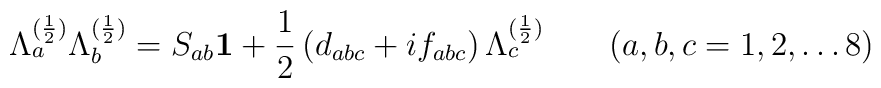
\Lambda_a ^{(\frac{1}{2})} \Lambda_b ^{(\frac{1}{2})}= S_{ab}{\bf 1} + \frac{1}{2}\, (d_{abc} + i f_{abc} )\,\Lambda_c  ^{(\frac{1}{2})} \quad \quad (a,b,c = 1,2,\dots 8)